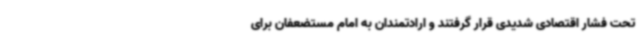
تحت فشار اقتصادی شدیدی قرار گرفتند و ارادتمندان به امام مستضعفان برای